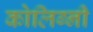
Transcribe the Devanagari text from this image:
कोलिग्नी